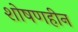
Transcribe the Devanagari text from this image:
शोषणहीन